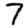
Digit: 7